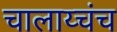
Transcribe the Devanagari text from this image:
चालाय्चंच